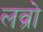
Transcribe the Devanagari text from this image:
लव्रो